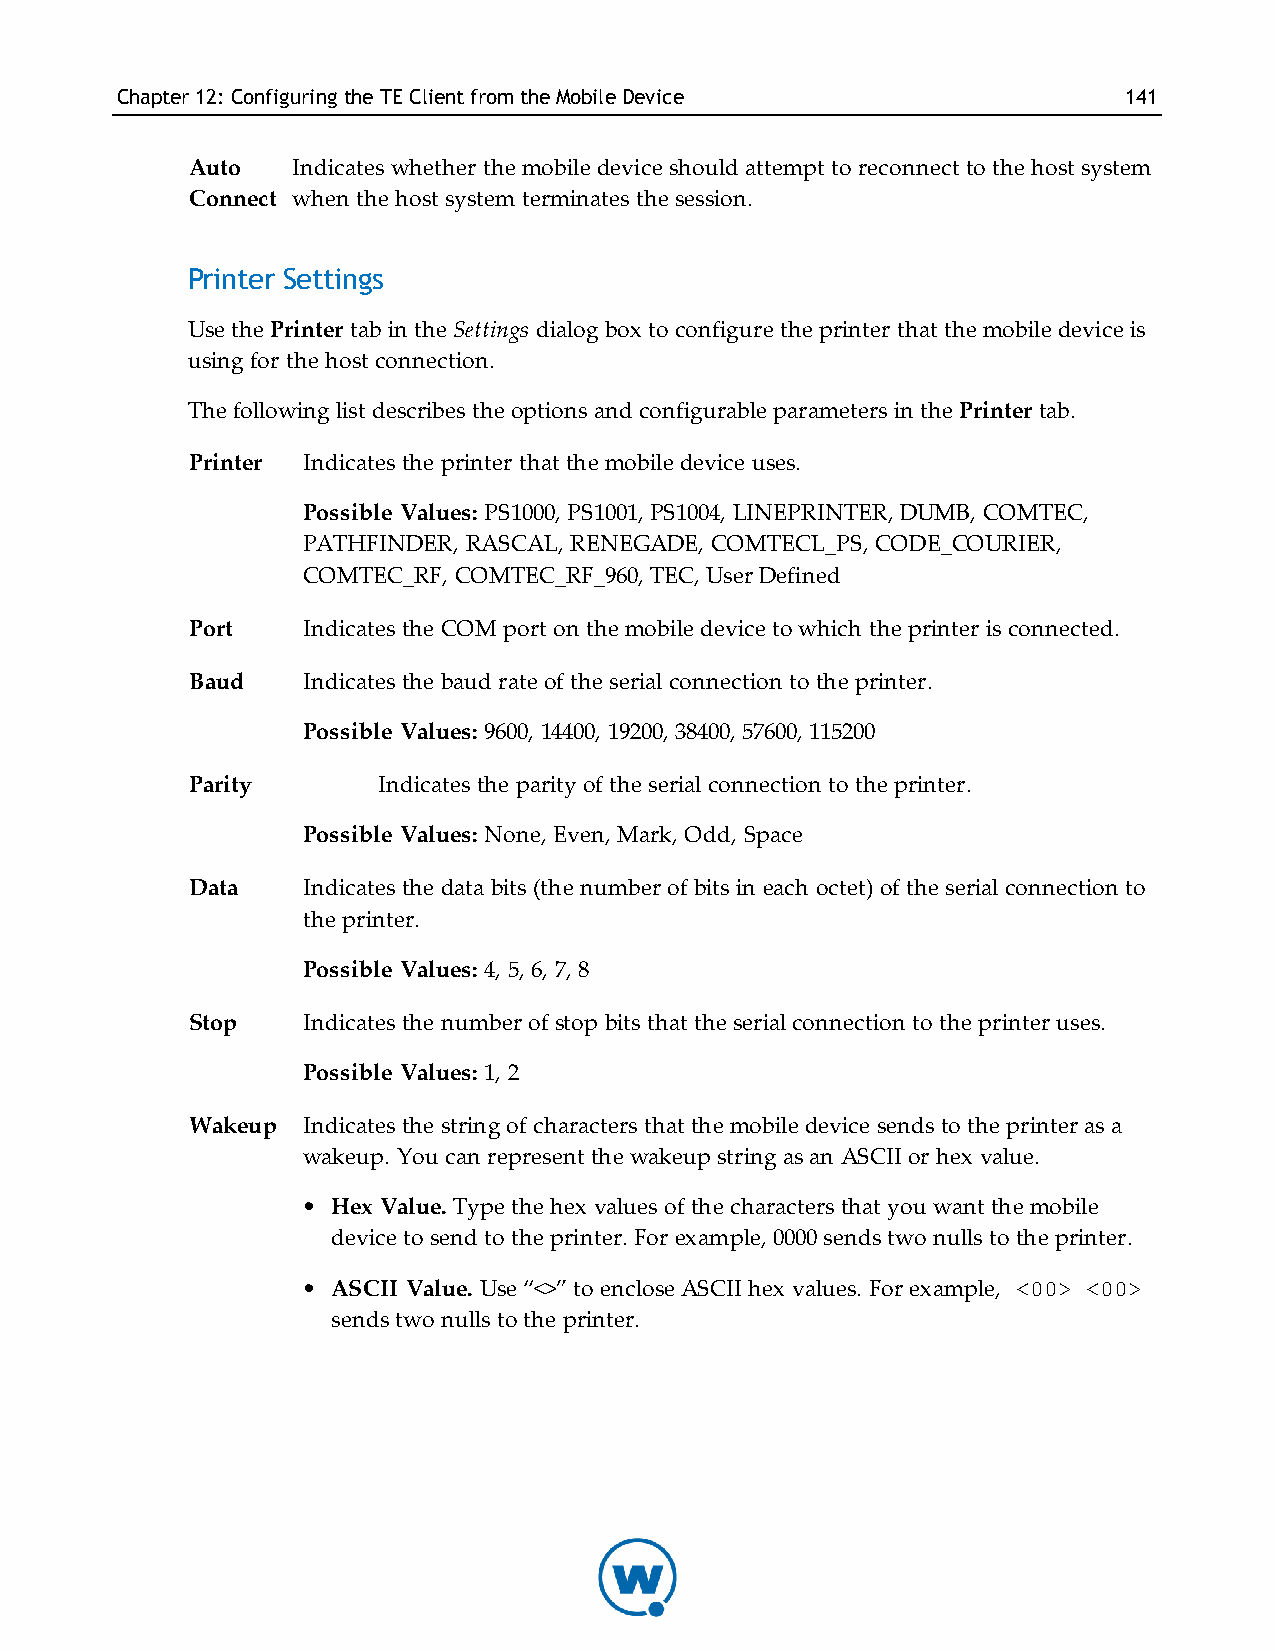
Chapter12: Configuring theTE ClientfromtheMobileDevice            141
 Auto  Indicates whether the mobile device should attempt to reconnect to the host system
 Connect when the host system terminates the session.
 Printer Settings
 Use the Printer tab in the Settings dialog box to configure the printer that the mobile device is
 using for the host connection.
 The following list describes the options and configurable parameters in the Printer tab.
 Printer Indicates the printer that the mobile device uses.
 Possible Values: PS1000, PS1001, PS1004, LINEPRINTER, DUMB, COMTEC,
 PATHFINDER, RASCAL, RENEGADE, COMTECL_PS, CODE_COURIER,
 COMTEC_RF, COMTEC_RF_960, TEC, User Defined
 Port   Indicates the COM port on the mobile device to which the printer is connected.
 Baud   Indicates the baud rate of the serial connection to the printer.
 Possible Values: 9600, 14400, 19200, 38400, 57600, 115200
 Parity      Indicates the parity of the serial connection to the printer.
 Possible Values: None, Even, Mark, Odd, Space
 Data   Indicates the data bits (the number of bits in each octet) of the serial connection to
 the printer.
 Possible Values: 4, 5, 6, 7, 8
 Stop   Indicates the number of stop bits that the serial connection to the printer uses.
 Possible Values: 1, 2
 Wakeup Indicates the string of characters that the mobile device sends to the printer as a
 wakeup. You can represent the wakeup string as an ASCII or hex value.
 • Hex Value. Type the hex values of the characters that you want the mobile
 device to send to the printer. For example, 0000 sends two nulls to the printer.
 • ASCII Value. Use “<>” to enclose ASCII hex values. For example, <00> <00>
 sends two nulls to the printer.